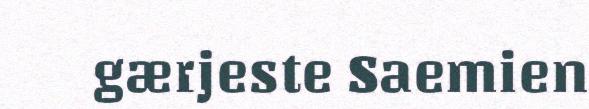
gærjeste Saemien